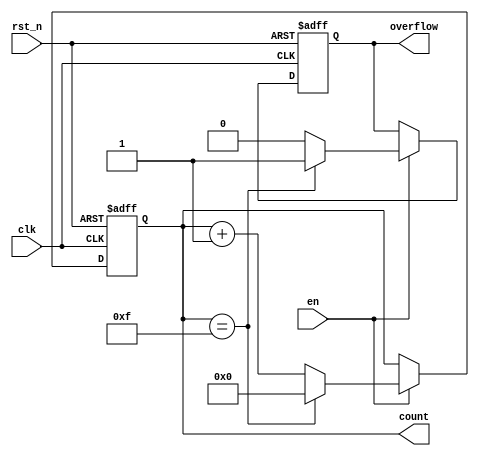
module cascaded_counter #(
    parameter WIDTH = 4  // Parameter to set the bit width of the counter
)(
    input wire clk,        // Clock input
    input wire rst_n,     // Asynchronous reset (active low)
    input wire en,        // Enable signal
    output reg [WIDTH-1:0] count,  // Counter output
    output reg overflow    // Overflow flag
);

    always @(posedge clk or negedge rst_n) begin
        if (!rst_n) begin
            count <= 0;    // Reset count to zero
            overflow <= 0;  // Clear overflow on reset
        end else if (en) begin
            if (count == (1 << WIDTH) - 1) begin
                count <= 0; // Roll over to zero
                overflow <= 1; // Indicate overflow occurred
            end else begin
                count <= count + 1; // Increment count
                overflow <= 0; // No overflow
            end
        end
    end

endmodule